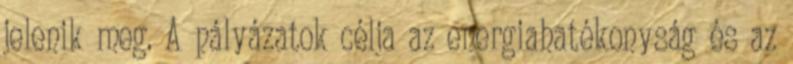
jelenik meg. A pályázatok célja az energiahatékonyság és az